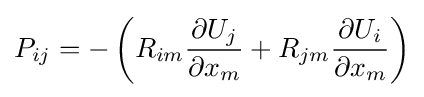
P_{ij}=-\left(R_{im}{\frac {\partial U_{j}}{\partial x_{m}}}+R_{jm}{\frac {\partial U_{i}}{\partial x_{m}}}\right)